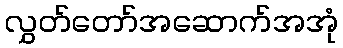
လွှတ်တော်အဆောက်အအုံ